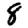
Digit: 8